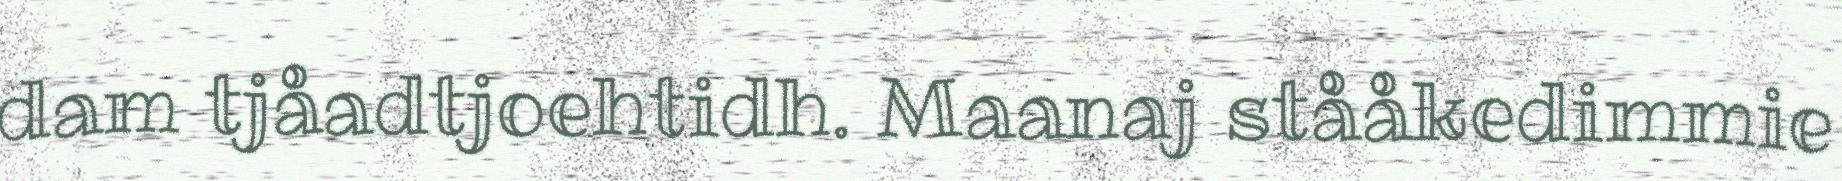
dam tjåadtjoehtidh. Maanaj stååkedimmie